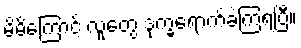
မိမိကြောင့် လူတွေ ဒုက္ခရောက်ခဲ့ကြရပြီ။